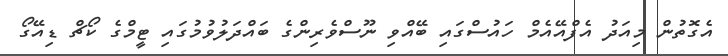
އެގޮތުން މިއަދު އެފްއޭއެމް ހައުސްގައި ބޭއްވި ނޫސްވެރިންގެ ބައްދަލުވުމުގައި ޓީމްގެ ކޯޗް ޑިއޭގޯ